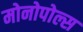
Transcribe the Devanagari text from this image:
मोनोपोल्स